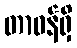
တာဝန်ရှိ